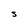
Character: S